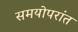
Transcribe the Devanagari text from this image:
समयोपरांत